Report of the Municipal Commissioner on the plague in Bombay for the year ending 31st May... - Volume 1
Disease focus: Plague
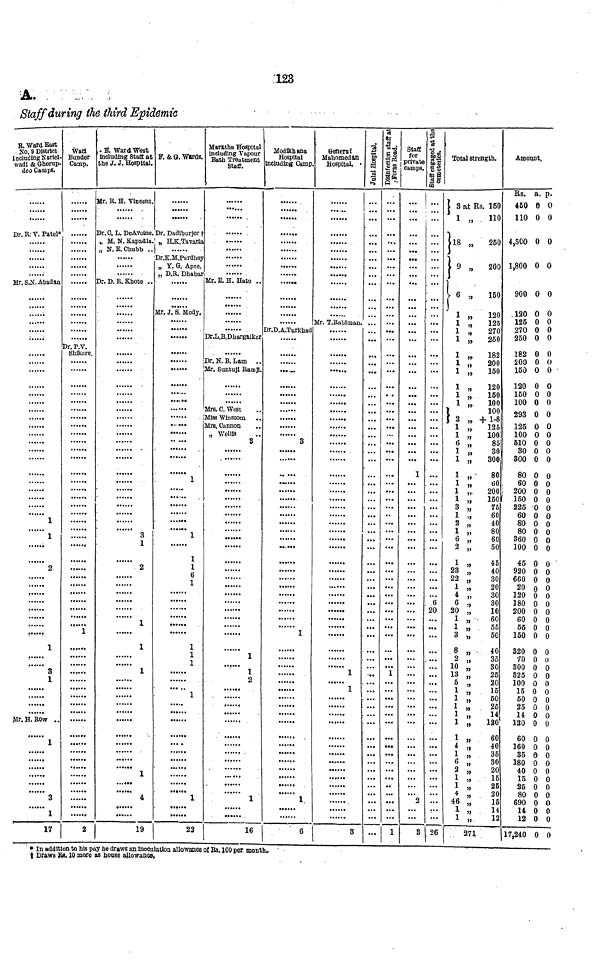
123
A.
Staff during the third Epidemic
Dr. R:V. Patel*
.....
Mr. S.B. Abadan
....
......
1
2
....
.....
1
3
Mr. H. Row ..
1
.....
....
....
3
1
17
::::::
....
Dr. P.V.
Shikare.
......
......
......
......
......
......
......
......
......
......
......
......
.....
....
....
....
......
......
.....
......
.....
2
. B. Ward West
including State at
the J. J. Hospital.
Mr. R. H. Vincent.
Dr.C. L. DeAvoine.
„ M. N. Kapadia.
„ N. E. Chubb ..
Dr. D. R. Khote . .
......
.......
2
1
1
1
....
1
4
19
F. & G. Wards.
......
Dr. Dadlhurjor †
„ H.K.Tavaria
Dr.K.M.Pardhey
„ Y. G. Apte.
„ D.R. Dhabar
......
Mr. J.S. Mody.
......
1
.....
......
......
......
1
1
1
1
1
1
....
....
1
....
22
Maratha Hospital
Including Vapour
Bath Treatment
Staff.
....
Mr.E.H. Hate ..
Dr.L.B.Dharga.lkor
Dr. N. B. Lam ..
Mr. Suntuji Ramji.
Mrs. C. West
Miss Wlnscom
Mrs. Cannon
„ Wellis
3
......
......
1
1
16
Modikhana
Hospital
Including Camp
......
......
,
......
Dr.D.A-Turkhad
3
......
......
......
1
......
1
6
General
Mahomedan
Hospital.
Mr. T.Rahiman.
1
1
3
Julal Hospital.
...
...
Disinfection staff at
Foras Road.
1
1
Staff
for
private
camps.
1
...
2
3
Staff engaged at the
cemeteries.
...
6
20
...
26
Total strength.
1 3 at Rs. 150
1 „ 110
18 „
250
9 „
200
6 ,, 150
)
1 „
120
1 „
125
1 „
270
1 „ 250
1 „ 182
1 „ 200
1 „ 150
1 „ 120
1 „
150
1 ,, 100
1
00
2 „ +1-8
1 „ 125
1 „
100
6 „
85
1 „
30
1 „
300
1 „
80
1 „
60
1 „ 200
1 „ 150
3 „
75
1 „
60
2 „
40
1 „
80
6 „
60
2 „
50
23
,,
45
28 „
40
22 „
30
1 „
20
4 ,,
30
6 „
30
20 „
10
1 ,,
60
1 ,,
55
3 „
50
8 „
40
2 „
35
10 „
30
13 „
25
5 „
20
1 „
15
1 „
60
1 „
25
1 „
14
1 „
120
1 „
60
4 „
40
1 „
35
6 „
80
2 „
20
1 „
15
1 „
26
4 „
20
46 „
15
1 „
14
1 „
12
271
Amount,
Rs. a. p.
450 0 0
110 0 0
4.500 0 0
1,800 0 0
900 0 0
.120 0 0
125 0 0
270 0 0
250 0 0
182 0 0
200 0 0
150 0 0
120 0 0
150 0 0
100 0 0
293 0 0
125 0 0
100 0 0
510 0 0
30 0 0
300 0 0
80 0 0
60 0 0
. 200 0 0
150 0 0
225 0 0
60 0 0
80 0 0
80 0 0
360 0 0
100 0 0
45 0 0
920 0 0
660 0 0
20 0 0
120 0 0
180 0 0
200 0 0
60 0 0
55 0 0
150 0 0
320 0 0
70 0 0
300 0 0
325 0 0
100 0 0
15 0 0
50 0 0
25 0 0
14 0 0
120 0 0
60 0 0
160 0 0
35 0 0
180 0 0
40 0 0
15 0 0
25 0 0
80 0 0
690 0 0
14 0 0
12 0 0
17,240 0 0
• In addition to his pay he draws an inoculation allowance of Rs. 100 per month.
† Draws Rs. 10 more as house allowance.